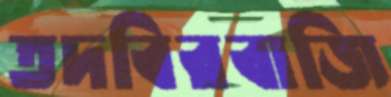
তদবিরবাজি